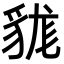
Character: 𧳑